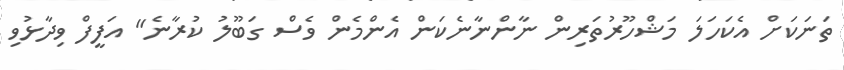
ތަނަކަށް އެކަހަލަ މަޝްހޫރުތަރިން ނާންނާނެކަން އެންމެން ވެސް ގަބޫލު ކުރާނެ" އަފީފް ވިދާޅުވި